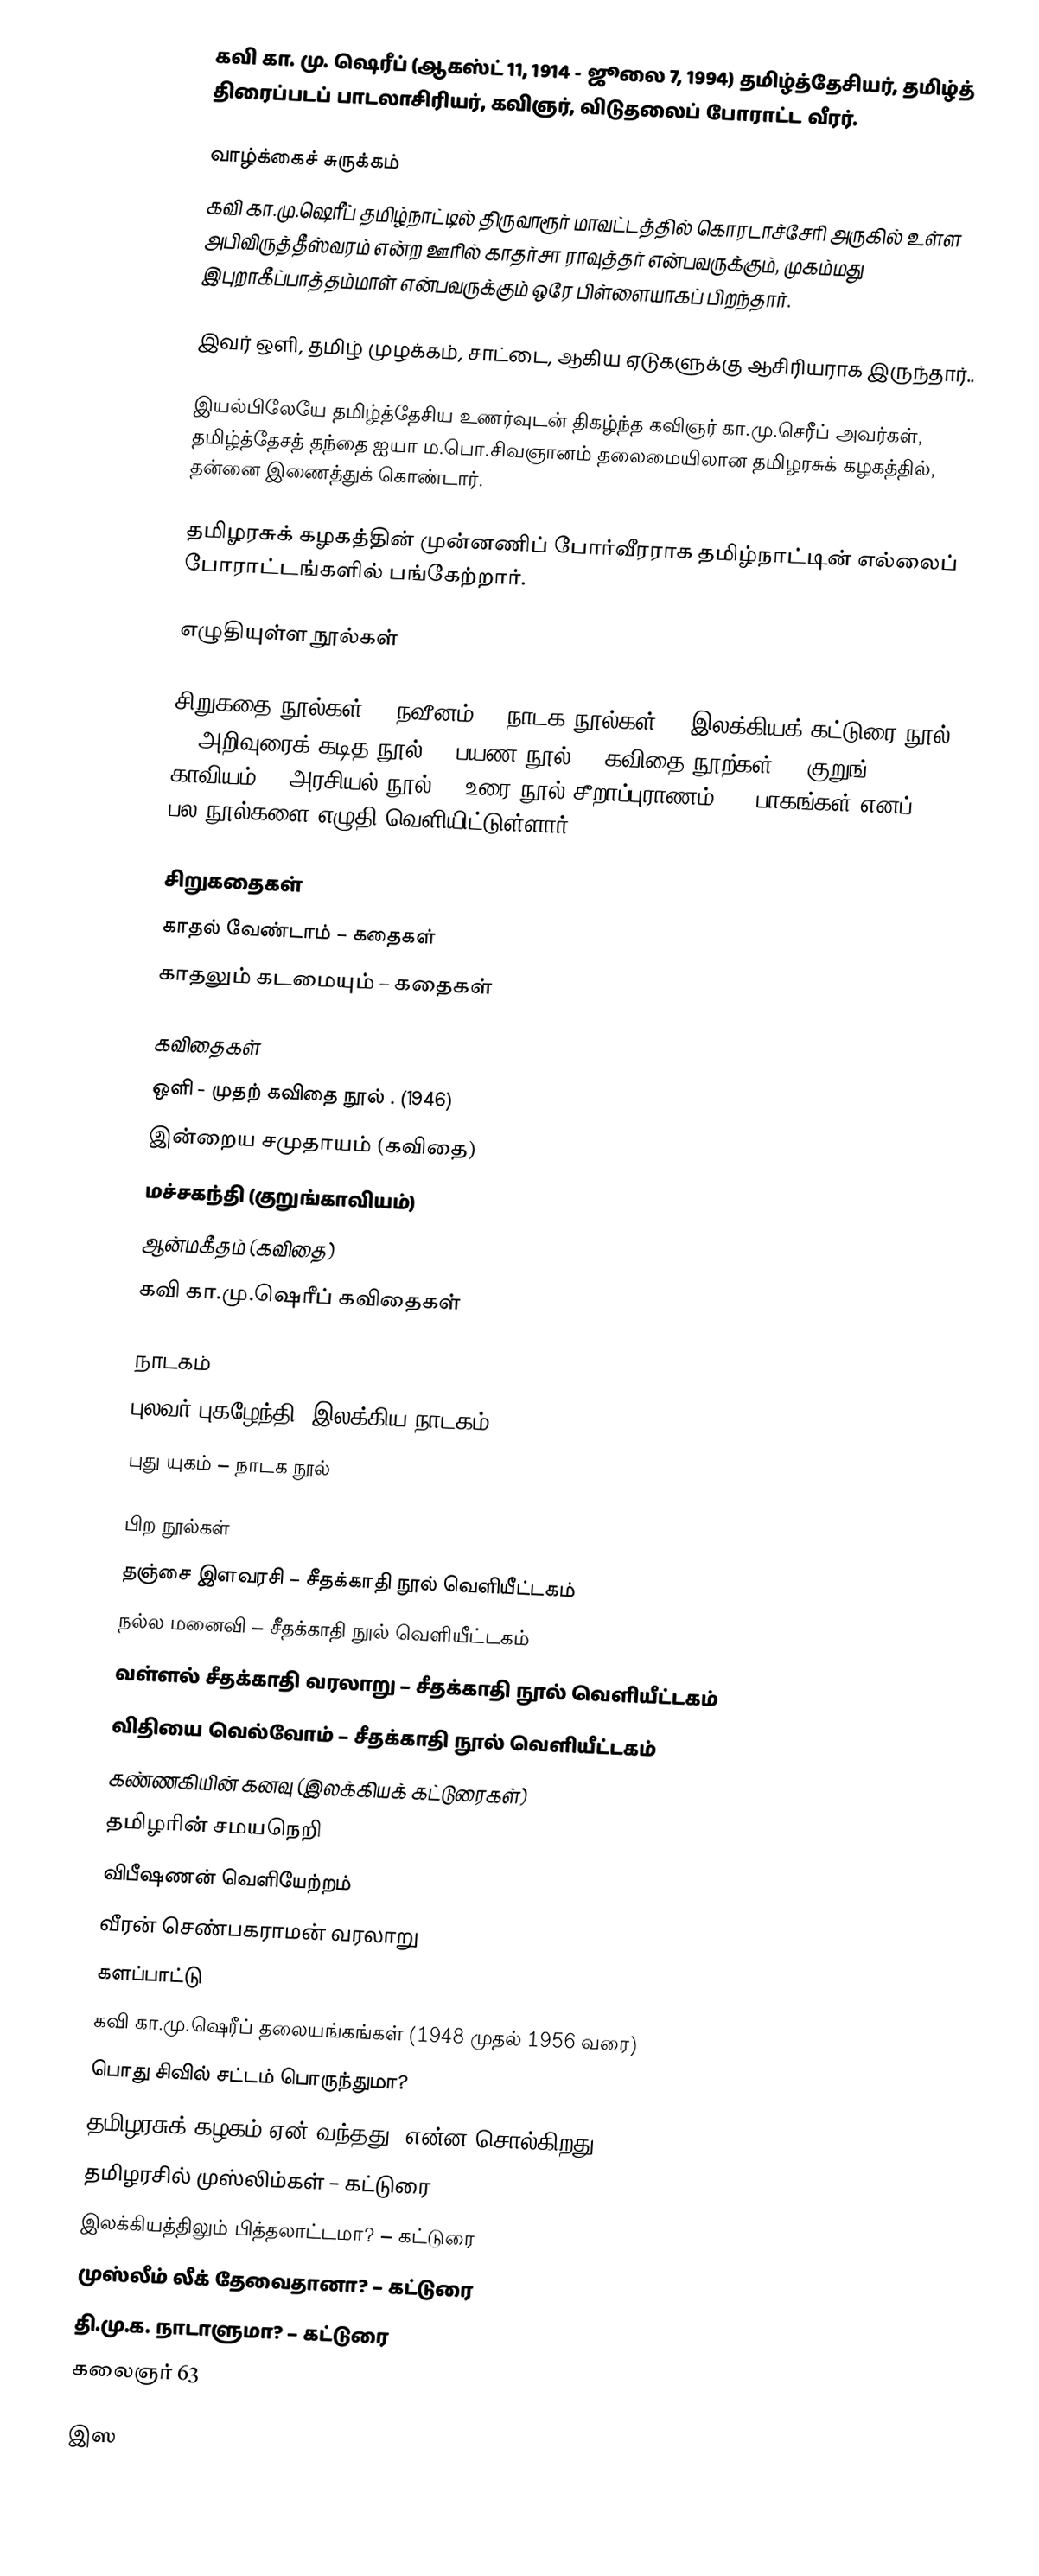
கவி கா. மு. ஷெரீப் (ஆகஸ்ட் 11, 1914 - ஜூலை 7, 1994) தமிழ்த்தேசியர், தமிழ்த் திரைப்படப் பாடலாசிரியர், கவிஞர், விடுதலைப் போராட்ட வீரர்.

வாழ்க்கைச் சுருக்கம்
கவி கா.மு.ஷெரீப் தமிழ்நாட்டில் திருவாரூர் மாவட்டத்தில் கொரடாச்சேரி அருகில் உள்ள அபிவிருத்தீஸ்வரம் என்ற ஊரில் காதர்சா ராவுத்தர் என்பவருக்கும், முகம்மது இபுறாகீப்பாத்தம்மாள் என்பவருக்கும் ஒரே பிள்ளையாகப் பிறந்தார்.

இவர் ஒளி, தமிழ் முழக்கம், சாட்டை, ஆகிய ஏடுகளுக்கு ஆசிரியராக இருந்தார்..

இயல்பிலேயே தமிழ்த்தேசிய உணர்வுடன் திகழ்ந்த கவிஞர் கா.மு.செரீப் அவர்கள், தமிழ்த்தேசத் தந்தை ஐயா ம.பொ.சிவஞானம் தலைமையிலான தமிழரசுக் கழகத்தில், தன்னை இணைத்துக் கொண்டார்.

தமிழரசுக் கழகத்தின் முன்னணிப் போர்வீரராக தமிழ்நாட்டின் எல்லைப் போராட்டங்களில் பங்கேற்றார்.

எழுதியுள்ள நூல்கள்

சிறுகதை நூல்கள் 3, நவீனம் 3, நாடக நூல்கள் 4, இலக்கியக் கட்டுரை நூல் 1, அறிவுரைக் கடித நூல் 1, பயண நூல் 1, கவிதை நூற்கள் 7, குறுங் காவியம் 1, அரசியல் நூல் 3, உரை நூல் சீறாப்புராணம் - 8 பாகங்கள் எனப் பல நூல்களை எழுதி வெளியிட்டுள்ளார்.

சிறுகதைகள்
காதல் வேண்டாம் – கதைகள்
காதலும் கடமையும் – கதைகள்

கவிதைகள்
ஒளி - முதற் கவிதை நூல் . (1946)
இன்றைய சமுதாயம் (கவிதை)
மச்சகந்தி (குறுங்காவியம்)
ஆன்மகீதம் (கவிதை)
கவி கா.மு.ஷெரீப் கவிதைகள்

நாடகம்
புலவர் புகழேந்தி (இலக்கிய நாடகம்)
புது யுகம் – நாடக நூல்

பிற  நூல்கள்
தஞ்சை இளவரசி – சீதக்காதி நூல் வெளியீட்டகம்
நல்ல மனைவி – சீதக்காதி நூல் வெளியீட்டகம்
வள்ளல் சீதக்காதி வரலாறு – சீதக்காதி நூல் வெளியீட்டகம்
விதியை வெல்வோம் – சீதக்காதி நூல் வெளியீட்டகம்
கண்ணகியின் கனவு (இலக்கியக் கட்டுரைகள்)
தமிழரின் சமயநெறி
விபீஷணன் வெளியேற்றம்
வீரன் செண்பகராமன் வரலாறு
களப்பாட்டு
கவி கா.மு.ஷெரீப் தலையங்கங்கள் (1948 முதல் 1956 வரை)
பொது சிவில் சட்டம் பொருந்துமா?
தமிழரசுக் கழகம் ஏன் வந்தது? என்ன சொல்கிறது?
தமிழரசில் முஸ்லிம்கள் – கட்டுரை
இலக்கியத்திலும் பித்தலாட்டமா? – கட்டுரை
முஸ்லீம் லீக் தேவைதானா? – கட்டுரை
தி.மு.க. நாடாளுமா?  – கட்டுரை
 கலைஞர் 63

இஸ